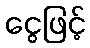
ငွေဖြင့်